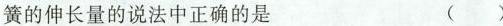
簧的伸长量的说法中正确的是 ( )